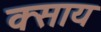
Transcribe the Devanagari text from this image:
क्साय